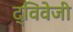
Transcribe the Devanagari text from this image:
द्विवेजी